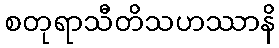
စတုရာသီတိသဟဿာနိ